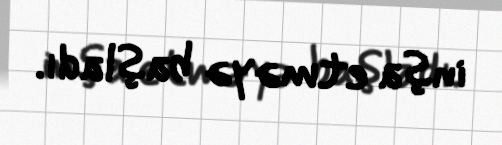
inşa etməyə başladı.